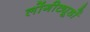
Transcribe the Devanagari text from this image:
लोंगीट्यूडों